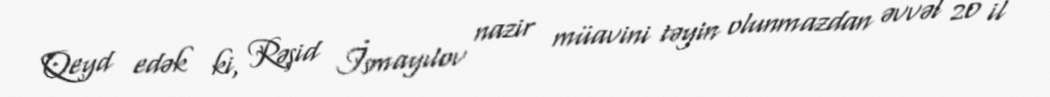
Qeyd edək ki, Rəşid İsmayılov nazir müavini təyin olunmazdan əvvəl 20 il